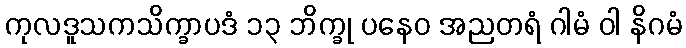
ကုလဒူသကသိက္ခာပဒံ ၁၃ ဘိက္ခု ပနေဝ အညတရံ ဂါမံ ဝါ နိဂမံ